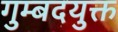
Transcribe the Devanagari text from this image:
गुम्बदयुक्त